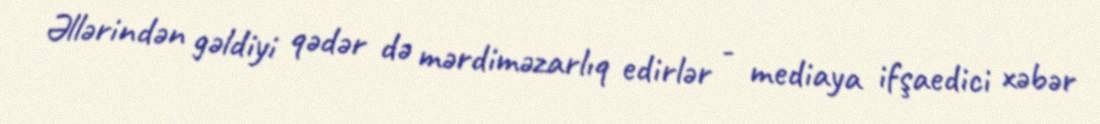
Əllərindən gəldiyi qədər də mərdiməzarlıq edirlər - mediaya ifşaedici xəbər